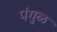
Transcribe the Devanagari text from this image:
पंगुळ